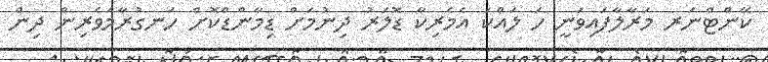
ކޭންޓްނަރ މަރާލާފައިވަނީ ހަ ލައްކަ އެމެރިކާ ޑޮލަރު ދިނުމަށް ޑިމާންޑްކޮށް ހަނގުރާމަވެރިން ދިން